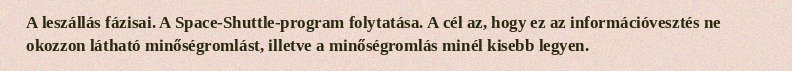
A leszállás fázisai. A Space-Shuttle-program folytatása. A cél az, hogy ez az információvesztés ne okozzon látható minőségromlást, illetve a minőségromlás minél kisebb legyen.